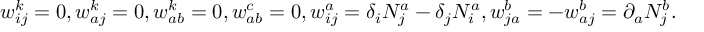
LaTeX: w _ { i j } ^ { k } = 0 , w _ { a j } ^ { k } = 0 , w _ { a b } ^ { k } = 0 , w _ { a b } ^ { c } = 0 , w _ { i j } ^ { a } = \delta _ { i } N _ { j } ^ { a } - \delta _ { j } N _ { i } ^ { a } , w _ { j a } ^ { b } = - w _ { a j } ^ { b } = \partial _ { a } N _ { j } ^ { b } .